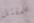
لمقتل